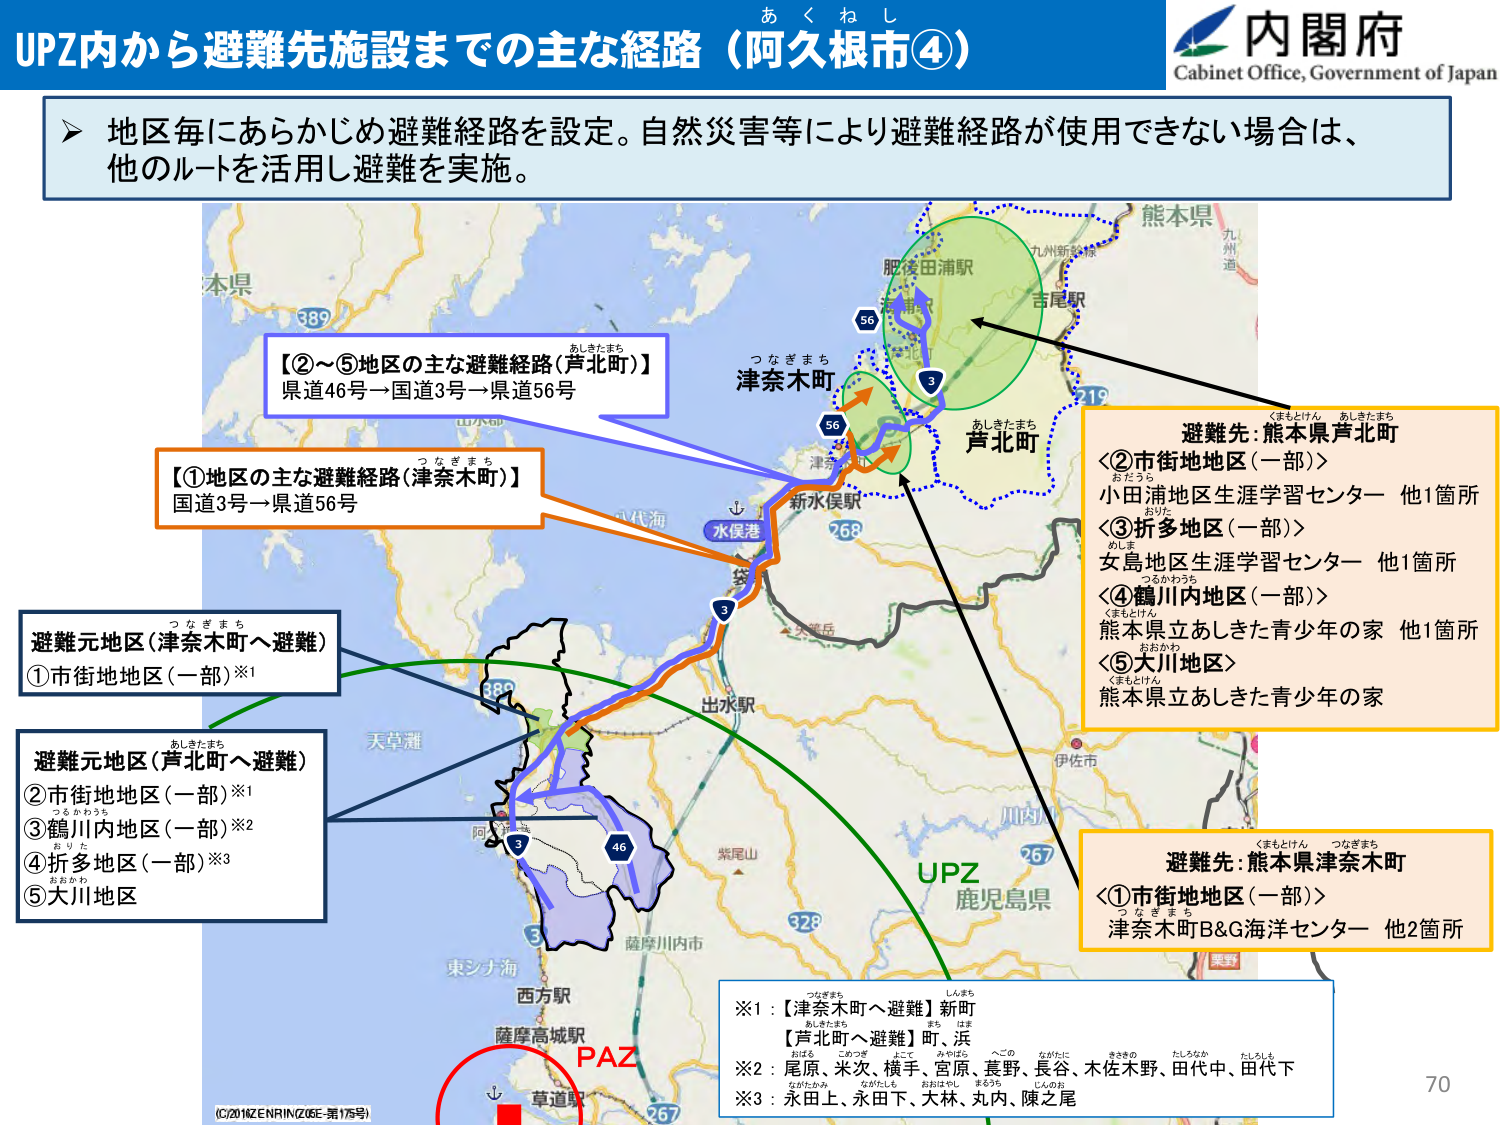
あくねし
UPZ内から避難先施設までの主な経路（阿久根市④）
内閣府
Cabinet Office, Government of Japan

▶ 地区毎にあらかじめ避難経路を設定。自然災害等により避難経路が使用できない場合は、
他のルートを活用し避難を実施。

【②～⑤地区の主な避難経路（芦北町）】
県道46号→国道3号→県道56号

【①地区の主な避難経路（津奈木町）】
国道3号→県道56号

避難元地区（津奈木町へ避難）
①市街地地区（一部）※1

避難元地区（芦北町へ避難）
②市街地地区（一部）※1
③鶴川内地区（一部）※2
④折多地区（一部）※3
⑤大川地区

避難先：熊本県芦北町
＜②市街地地区（一部）＞
小田浦地区生涯学習センター 他1箇所
＜③折多地区（一部）＞
女島地区生涯学習センター 他1箇所
＜④鶴川内地区（一部）＞
熊本県立あしきた青少年の家 他1箇所
＜⑤大川地区＞
熊本県立あしきた青少年の家

避難先：熊本県津奈木町
＜①市街地地区（一部）＞
津奈木町B&G海洋センター 他2箇所

※1：【津奈木町へ避難】新町
【芦北町へ避難】町、浜
※2：尾原、米次、横手、宮原、長野、木佐木野、田代中、田代下
※3：永田上、永田下、大林、丸内、陳之尾

（C）2011 ZENRIN（Z06E-第175号）
PAZ
草道駅
西方駅
薩摩高城駅
薩摩川内市
東シナ海
天草灘
阿久根
出水駅
水俣港
袋
新水俣駅
津奈木
津奈木町
芦北町
肥後田浦駅
吉尾駅
九州新幹線
熊本県
九 州 道
鹿児島県
紫尾山
川内
伊佐市
UPZ
267
268
3
56
56
389
32F
46
3
267
3
389
つなぎまち
あしきたまち
おりた
つるかわうち
おおかわ
くまもとけん
あしきたまち
くまもとけん
つなぎまち
つなぎまち
あしきたまち
しんまち
あしきたまち
はま
おばる
こめつぎ
よて
みやばら
まち
へごの
ながたに
きさきの
たしろなか
たしろしも
ながたかみ
ながたしも
おおはやし
まるうち
じんのね

70